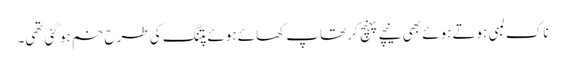
ناک لمبی ہوتے ہوئے بھی نیچے پہنچ کر تھاپ کھائے ہوئے پتنگ کی طرح خم ہو گئی تھی۔